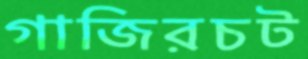
গাজিরচট